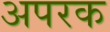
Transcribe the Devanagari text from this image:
अपरक